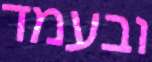
ובעמד